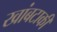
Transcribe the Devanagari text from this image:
खांबटाकी